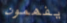
يفهمون